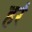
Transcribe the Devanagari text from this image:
हरं